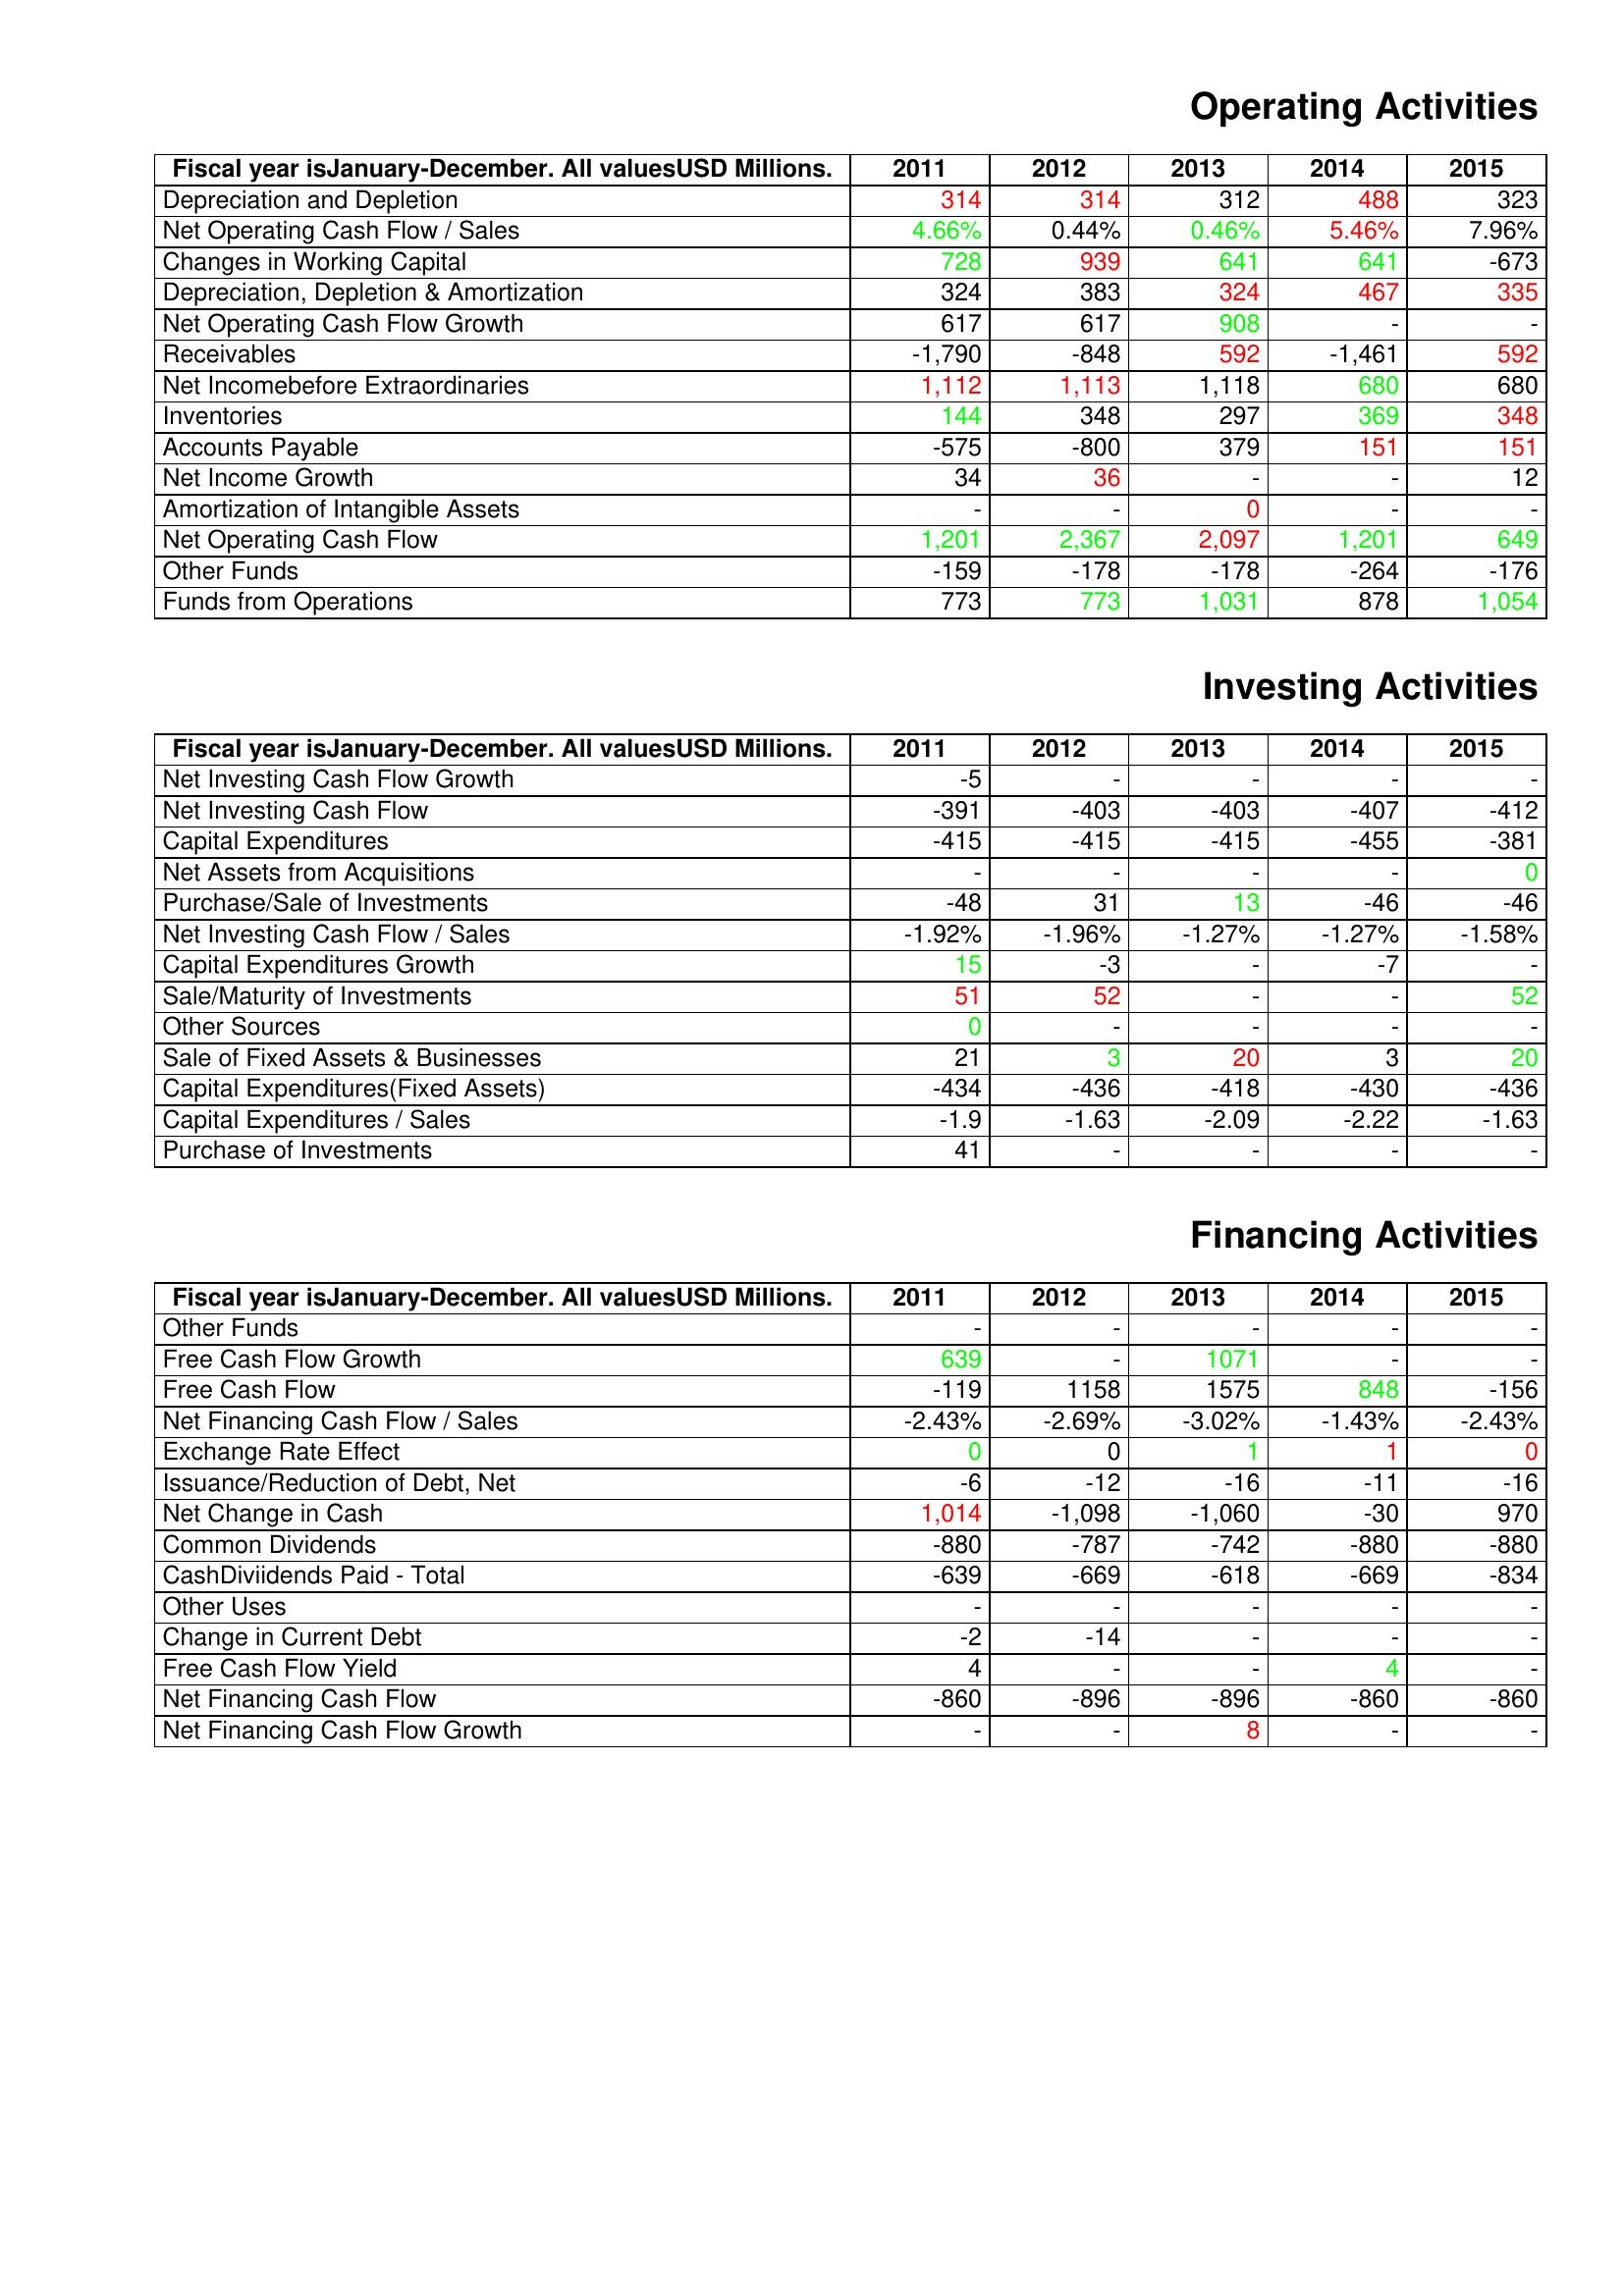
gt_parse: 2011: Operating Activities: Depreciation and Depletion: 314
Net Operating Cash Flow / Sales: 4.66%
Changes in Working Capital: 728
Depreciation, Depletion & Amortization: 324
Net Operating Cash Flow Growth: 617
Receivables: -1,790
Net Incomebefore Extraordinaries: 1,112
Inventories: 144
Accounts Payable: -575
Net Income Growth: 34
Amortization of Intangible Assets: -
Net Operating Cash Flow: 1,201
Other Funds: -159
Funds from Operations: 773
Investing Activities: Net Investing Cash Flow Growth: -5
Net Investing Cash Flow: -391
Capital Expenditures: -415
Net Assets from Acquisitions: -
Purchase/Sale of Investments: -48
Net Investing Cash Flow / Sales: -1.92%
Capital Expenditures Growth: 15
Sale/Maturity of Investments: 51
Other Sources: 0
Sale of Fixed Assets & Businesses: 21
Capital Expenditures(Fixed Assets): -434
Capital Expenditures / Sales: -1.9
Purchase of Investments: 41
Financing Activities: Other Funds: -
Free Cash Flow Growth: 639
Free Cash Flow: -119
Net Financing Cash Flow / Sales: -2.43%
Exchange Rate Effect: 0
Issuance/Reduction of Debt, Net: -6
Net Change in Cash: 1,014
Common Dividends: -880
CashDiviidends Paid - Total: -639
Other Uses: -
Change in Current Debt: -2
Free Cash Flow Yield: 4
Net Financing Cash Flow: -860
Net Financing Cash Flow Growth: -
2012: Operating Activities: Depreciation and Depletion: 314
Net Operating Cash Flow / Sales: 0.44%
Changes in Working Capital: 939
Depreciation, Depletion & Amortization: 383
Net Operating Cash Flow Growth: 617
Receivables: -848
Net Incomebefore Extraordinaries: 1,113
Inventories: 348
Accounts Payable: -800
Net Income Growth: 36
Amortization of Intangible Assets: -
Net Operating Cash Flow: 2,367
Other Funds: -178
Funds from Operations: 773
Investing Activities: Net Investing Cash Flow Growth: -
Net Investing Cash Flow: -403
Capital Expenditures: -415
Net Assets from Acquisitions: -
Purchase/Sale of Investments: 31
Net Investing Cash Flow / Sales: -1.96%
Capital Expenditures Growth: -3
Sale/Maturity of Investments: 52
Other Sources: -
Sale of Fixed Assets & Businesses: 3
Capital Expenditures(Fixed Assets): -436
Capital Expenditures / Sales: -1.63
Purchase of Investments: -
Financing Activities: Other Funds: -
Free Cash Flow Growth: -
Free Cash Flow: 1158
Net Financing Cash Flow / Sales: -2.69%
Exchange Rate Effect: 0
Issuance/Reduction of Debt, Net: -12
Net Change in Cash: -1,098
Common Dividends: -787
CashDiviidends Paid - Total: -669
Other Uses: -
Change in Current Debt: -14
Free Cash Flow Yield: -
Net Financing Cash Flow: -896
Net Financing Cash Flow Growth: -
2013: Operating Activities: Depreciation and Depletion: 312
Net Operating Cash Flow / Sales: 0.46%
Changes in Working Capital: 641
Depreciation, Depletion & Amortization: 324
Net Operating Cash Flow Growth: 908
Receivables: 592
Net Incomebefore Extraordinaries: 1,118
Inventories: 297
Accounts Payable: 379
Net Income Growth: -
Amortization of Intangible Assets: 0
Net Operating Cash Flow: 2,097
Other Funds: -178
Funds from Operations: 1,031
Investing Activities: Net Investing Cash Flow Growth: -
Net Investing Cash Flow: -403
Capital Expenditures: -415
Net Assets from Acquisitions: -
Purchase/Sale of Investments: 13
Net Investing Cash Flow / Sales: -1.27%
Capital Expenditures Growth: -
Sale/Maturity of Investments: -
Other Sources: -
Sale of Fixed Assets & Businesses: 20
Capital Expenditures(Fixed Assets): -418
Capital Expenditures / Sales: -2.09
Purchase of Investments: -
Financing Activities: Other Funds: -
Free Cash Flow Growth: 1071
Free Cash Flow: 1575
Net Financing Cash Flow / Sales: -3.02%
Exchange Rate Effect: 1
Issuance/Reduction of Debt, Net: -16
Net Change in Cash: -1,060
Common Dividends: -742
CashDiviidends Paid - Total: -618
Other Uses: -
Change in Current Debt: -
Free Cash Flow Yield: -
Net Financing Cash Flow: -896
Net Financing Cash Flow Growth: 8
2014: Operating Activities: Depreciation and Depletion: 488
Net Operating Cash Flow / Sales: 5.46%
Changes in Working Capital: 641
Depreciation, Depletion & Amortization: 467
Net Operating Cash Flow Growth: -
Receivables: -1,461
Net Incomebefore Extraordinaries: 680
Inventories: 369
Accounts Payable: 151
Net Income Growth: -
Amortization of Intangible Assets: -
Net Operating Cash Flow: 1,201
Other Funds: -264
Funds from Operations: 878
Investing Activities: Net Investing Cash Flow Growth: -
Net Investing Cash Flow: -407
Capital Expenditures: -455
Net Assets from Acquisitions: -
Purchase/Sale of Investments: -46
Net Investing Cash Flow / Sales: -1.27%
Capital Expenditures Growth: -7
Sale/Maturity of Investments: -
Other Sources: -
Sale of Fixed Assets & Businesses: 3
Capital Expenditures(Fixed Assets): -430
Capital Expenditures / Sales: -2.22
Purchase of Investments: -
Financing Activities: Other Funds: -
Free Cash Flow Growth: -
Free Cash Flow: 848
Net Financing Cash Flow / Sales: -1.43%
Exchange Rate Effect: 1
Issuance/Reduction of Debt, Net: -11
Net Change in Cash: -30
Common Dividends: -880
CashDiviidends Paid - Total: -669
Other Uses: -
Change in Current Debt: -
Free Cash Flow Yield: 4
Net Financing Cash Flow: -860
Net Financing Cash Flow Growth: -
2015: Operating Activities: Depreciation and Depletion: 323
Net Operating Cash Flow / Sales: 7.96%
Changes in Working Capital: -673
Depreciation, Depletion & Amortization: 335
Net Operating Cash Flow Growth: -
Receivables: 592
Net Incomebefore Extraordinaries: 680
Inventories: 348
Accounts Payable: 151
Net Income Growth: 12
Amortization of Intangible Assets: -
Net Operating Cash Flow: 649
Other Funds: -176
Funds from Operations: 1,054
Investing Activities: Net Investing Cash Flow Growth: -
Net Investing Cash Flow: -412
Capital Expenditures: -381
Net Assets from Acquisitions: 0
Purchase/Sale of Investments: -46
Net Investing Cash Flow / Sales: -1.58%
Capital Expenditures Growth: -
Sale/Maturity of Investments: 52
Other Sources: -
Sale of Fixed Assets & Businesses: 20
Capital Expenditures(Fixed Assets): -436
Capital Expenditures / Sales: -1.63
Purchase of Investments: -
Financing Activities: Other Funds: -
Free Cash Flow Growth: -
Free Cash Flow: -156
Net Financing Cash Flow / Sales: -2.43%
Exchange Rate Effect: 0
Issuance/Reduction of Debt, Net: -16
Net Change in Cash: 970
Common Dividends: -880
CashDiviidends Paid - Total: -834
Other Uses: -
Change in Current Debt: -
Free Cash Flow Yield: -
Net Financing Cash Flow: -860
Net Financing Cash Flow Growth: -